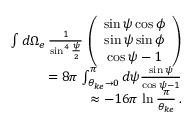
\begin{array} { r l r } & { } & { \int d \Omega _ { e } \, \frac { 1 } { \sin ^ { 4 } \frac { \psi } { 2 } } \, \left( \begin{array} { c } { \sin \psi \cos \phi } \\ { \sin \psi \sin \phi } \\ { \cos \psi - 1 } \end{array} \right) } \\ & { } & { = 8 \pi \, \int _ { \theta _ { k e } \rightarrow 0 } ^ { \pi } d \psi \frac { \sin \psi } { \cos \psi - 1 } } \\ & { } & { \approx - 1 6 \pi \, \ln \frac { \pi } { \theta _ { k e } } \, . } \end{array}